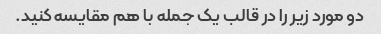
دو مورد زیر را در قالب یک جمله با هم مقایسه کنید.